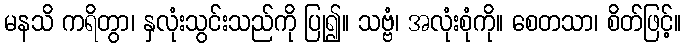
မနသိ ကရိတွာ၊ နှလုံးသွင်းသည်ကို ပြု၍။ သဗ္ဗံ၊ အလုံးစုံကို။ စေတသာ၊ စိတ်ဖြင့်။